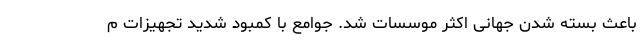
باعث بسته شدن جهانی اکثر موسسات شد. جوامع با کمبود شدید تجهیزات م